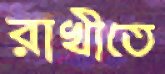
রাখীতে